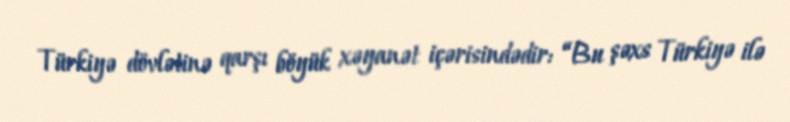
Türkiyə dövlətinə qarşı böyük xəyanət içərisindədir: “Bu şəxs Türkiyə ilə